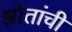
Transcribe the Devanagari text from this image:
झोतांची